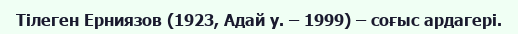
Тілеген Ерниязов (1923, Адай у. – 1999) – соғыс ардагері.